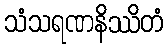
သံသရဏနိဿိတံ